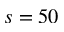
s = 5 0